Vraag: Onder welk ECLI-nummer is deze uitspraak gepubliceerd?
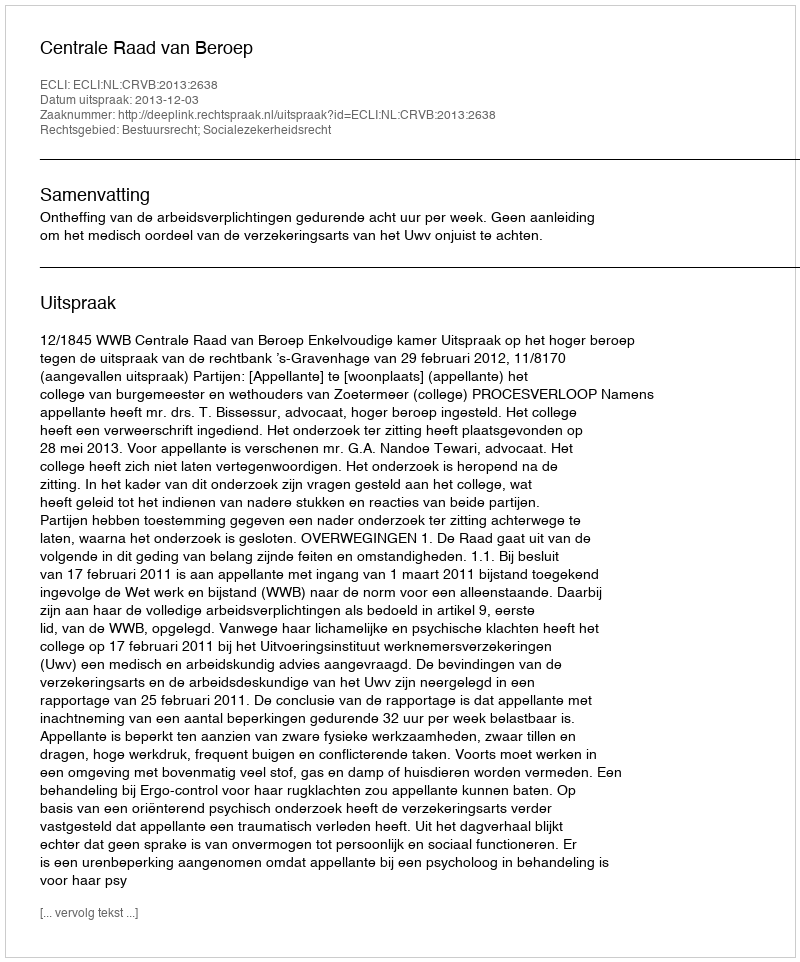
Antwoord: ECLI:NL:CRVB:2013:2638